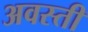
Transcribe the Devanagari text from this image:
अवस्ती